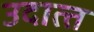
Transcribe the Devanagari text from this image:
उदात्‍त